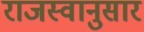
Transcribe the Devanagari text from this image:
राजस्वानुसार